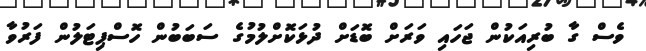
ވެސް ގާ ބުރިއަކުން ޖަހައި ވަރަށް ބޮޑަށް ދުޅަކޮށްލުމުގެ ސަބަބުން ހޮސްޕިޓަލުން ފަރުވާ